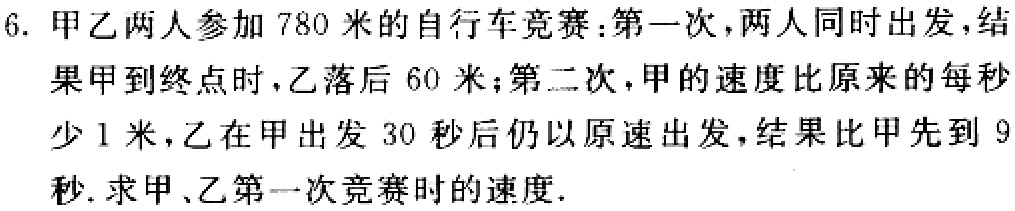
6. 甲乙两人参加 780 米的自行车竞赛：第一次，两人同时出发，结果甲到终点时，乙落后 60 米；第二次，甲的速度比原来的每秒少 1 米，乙在甲出发 30 秒后仍以原速出发，结果比甲先到 9 秒. 求甲、乙第一次竞赛时的速度.